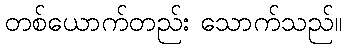
တစ်ယောက်တည်း သောက်သည်။